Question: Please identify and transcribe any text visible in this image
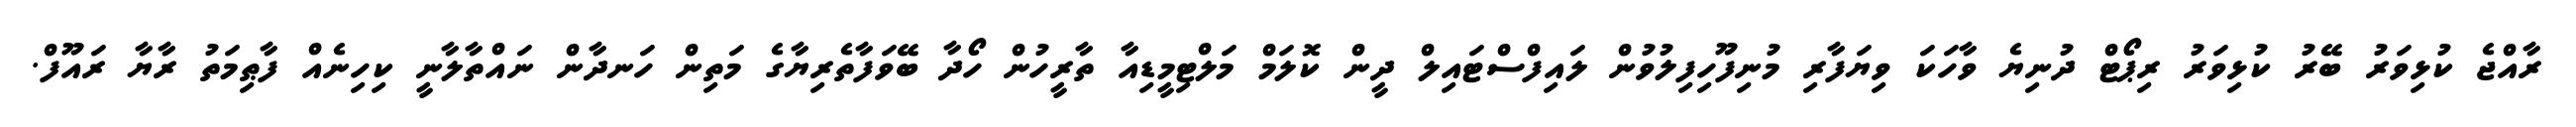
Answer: ރާއްޖެ ކުޅިވަރު ބޭރު ކުޅިވަރު ރިޕޯޓް ދުނިޔެ ވާހަކަ ވިޔަފާރި މުނިފޫހިފިލުވުން ލައިފްސްޓައިލް ދީން ކޮލަމް މަލްޓިމީޑިއާ ތާރީހުން ހޯދާ ބޭވަފާތެރިޔާގެ މަތިން ހަނދާން ނައްތާލާނީ ކިހިނެއް ފާޠިމަތު ރާޔާ ރައޫފް.